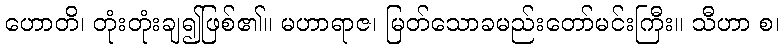
ဟောတိ၊ တုံးတုံးချ၍ဖြစ်၏။ မဟာရာဇ၊ မြတ်သောခမည်းတော်မင်းကြီး။ သီဟာ စ၊